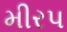
મીરપ